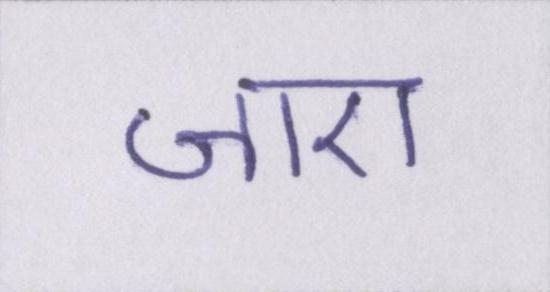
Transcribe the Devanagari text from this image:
जाए